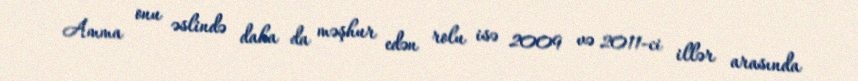
Amma onu əslində daha da məşhur edən rolu isə 2009 və 2011-ci illər arasında